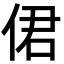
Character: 侰